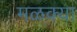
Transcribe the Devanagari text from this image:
मळक्या